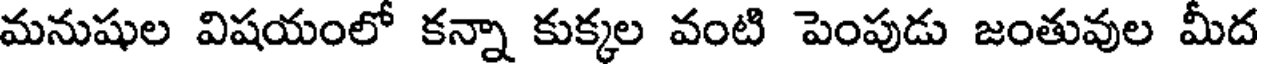
మనుషుల విషయంలో కన్నా కుక్కల వంటి పెంపుడు జంతువుల మీద